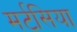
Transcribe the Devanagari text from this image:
मर्टसिया